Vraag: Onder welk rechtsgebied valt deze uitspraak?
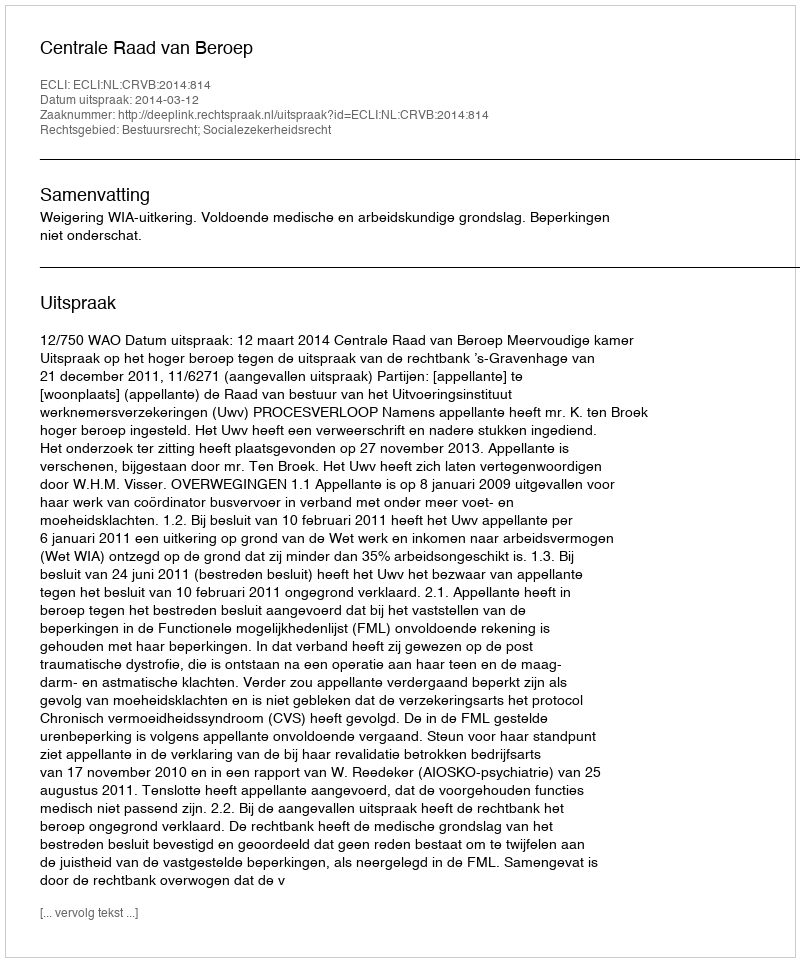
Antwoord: Bestuursrecht; Socialezekerheidsrecht